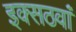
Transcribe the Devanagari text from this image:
इक्सठवां